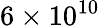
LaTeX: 6\times 10^{10}